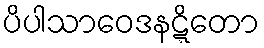
ပိပါသာဝေဒနဋ္ဋိတော